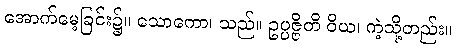
အောက်မေ့ခြင်း၌။ သောကော၊ သည်။ ဥပ္ပဇ္ဇိတိ ဝိယ၊ ကဲ့သို့တည်း။